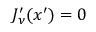
J _ { \nu } ^ { \prime } ( x ^ { \prime } ) = 0